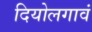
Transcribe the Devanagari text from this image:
दियोलगावं